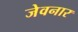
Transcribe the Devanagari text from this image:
जेवनार